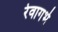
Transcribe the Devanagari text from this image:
रेवागर्भ